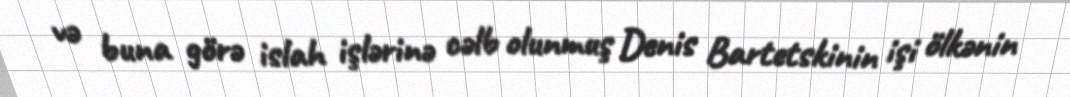
və buna görə islah işlərinə cəlb olunmuş Denis Bartetskinin işi ölkənin